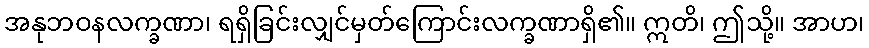
အနုဘဝနလက္ခဏာ၊ ရရှိခြင်းလျှင်မှတ်ကြောင်းလက္ခဏာရှိ၏။ ဣတိ၊ ဤသို့။ အာဟ၊